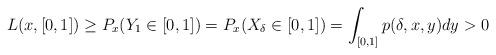
LaTeX: \begin{align*}L(x,[0,1]) \ge P_x(Y_1\in [0,1])= P_x(X_{\delta} \in [0,1])=\int_{[0,1]}p(\delta,x,y)dy>0\end{align*}